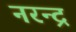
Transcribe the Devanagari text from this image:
नरन्द्र